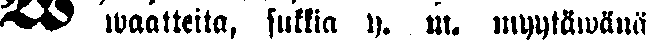
# waatteita, sukkia y. m. myytäwänä